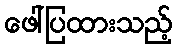
ဖေါ်ပြထားသည့်